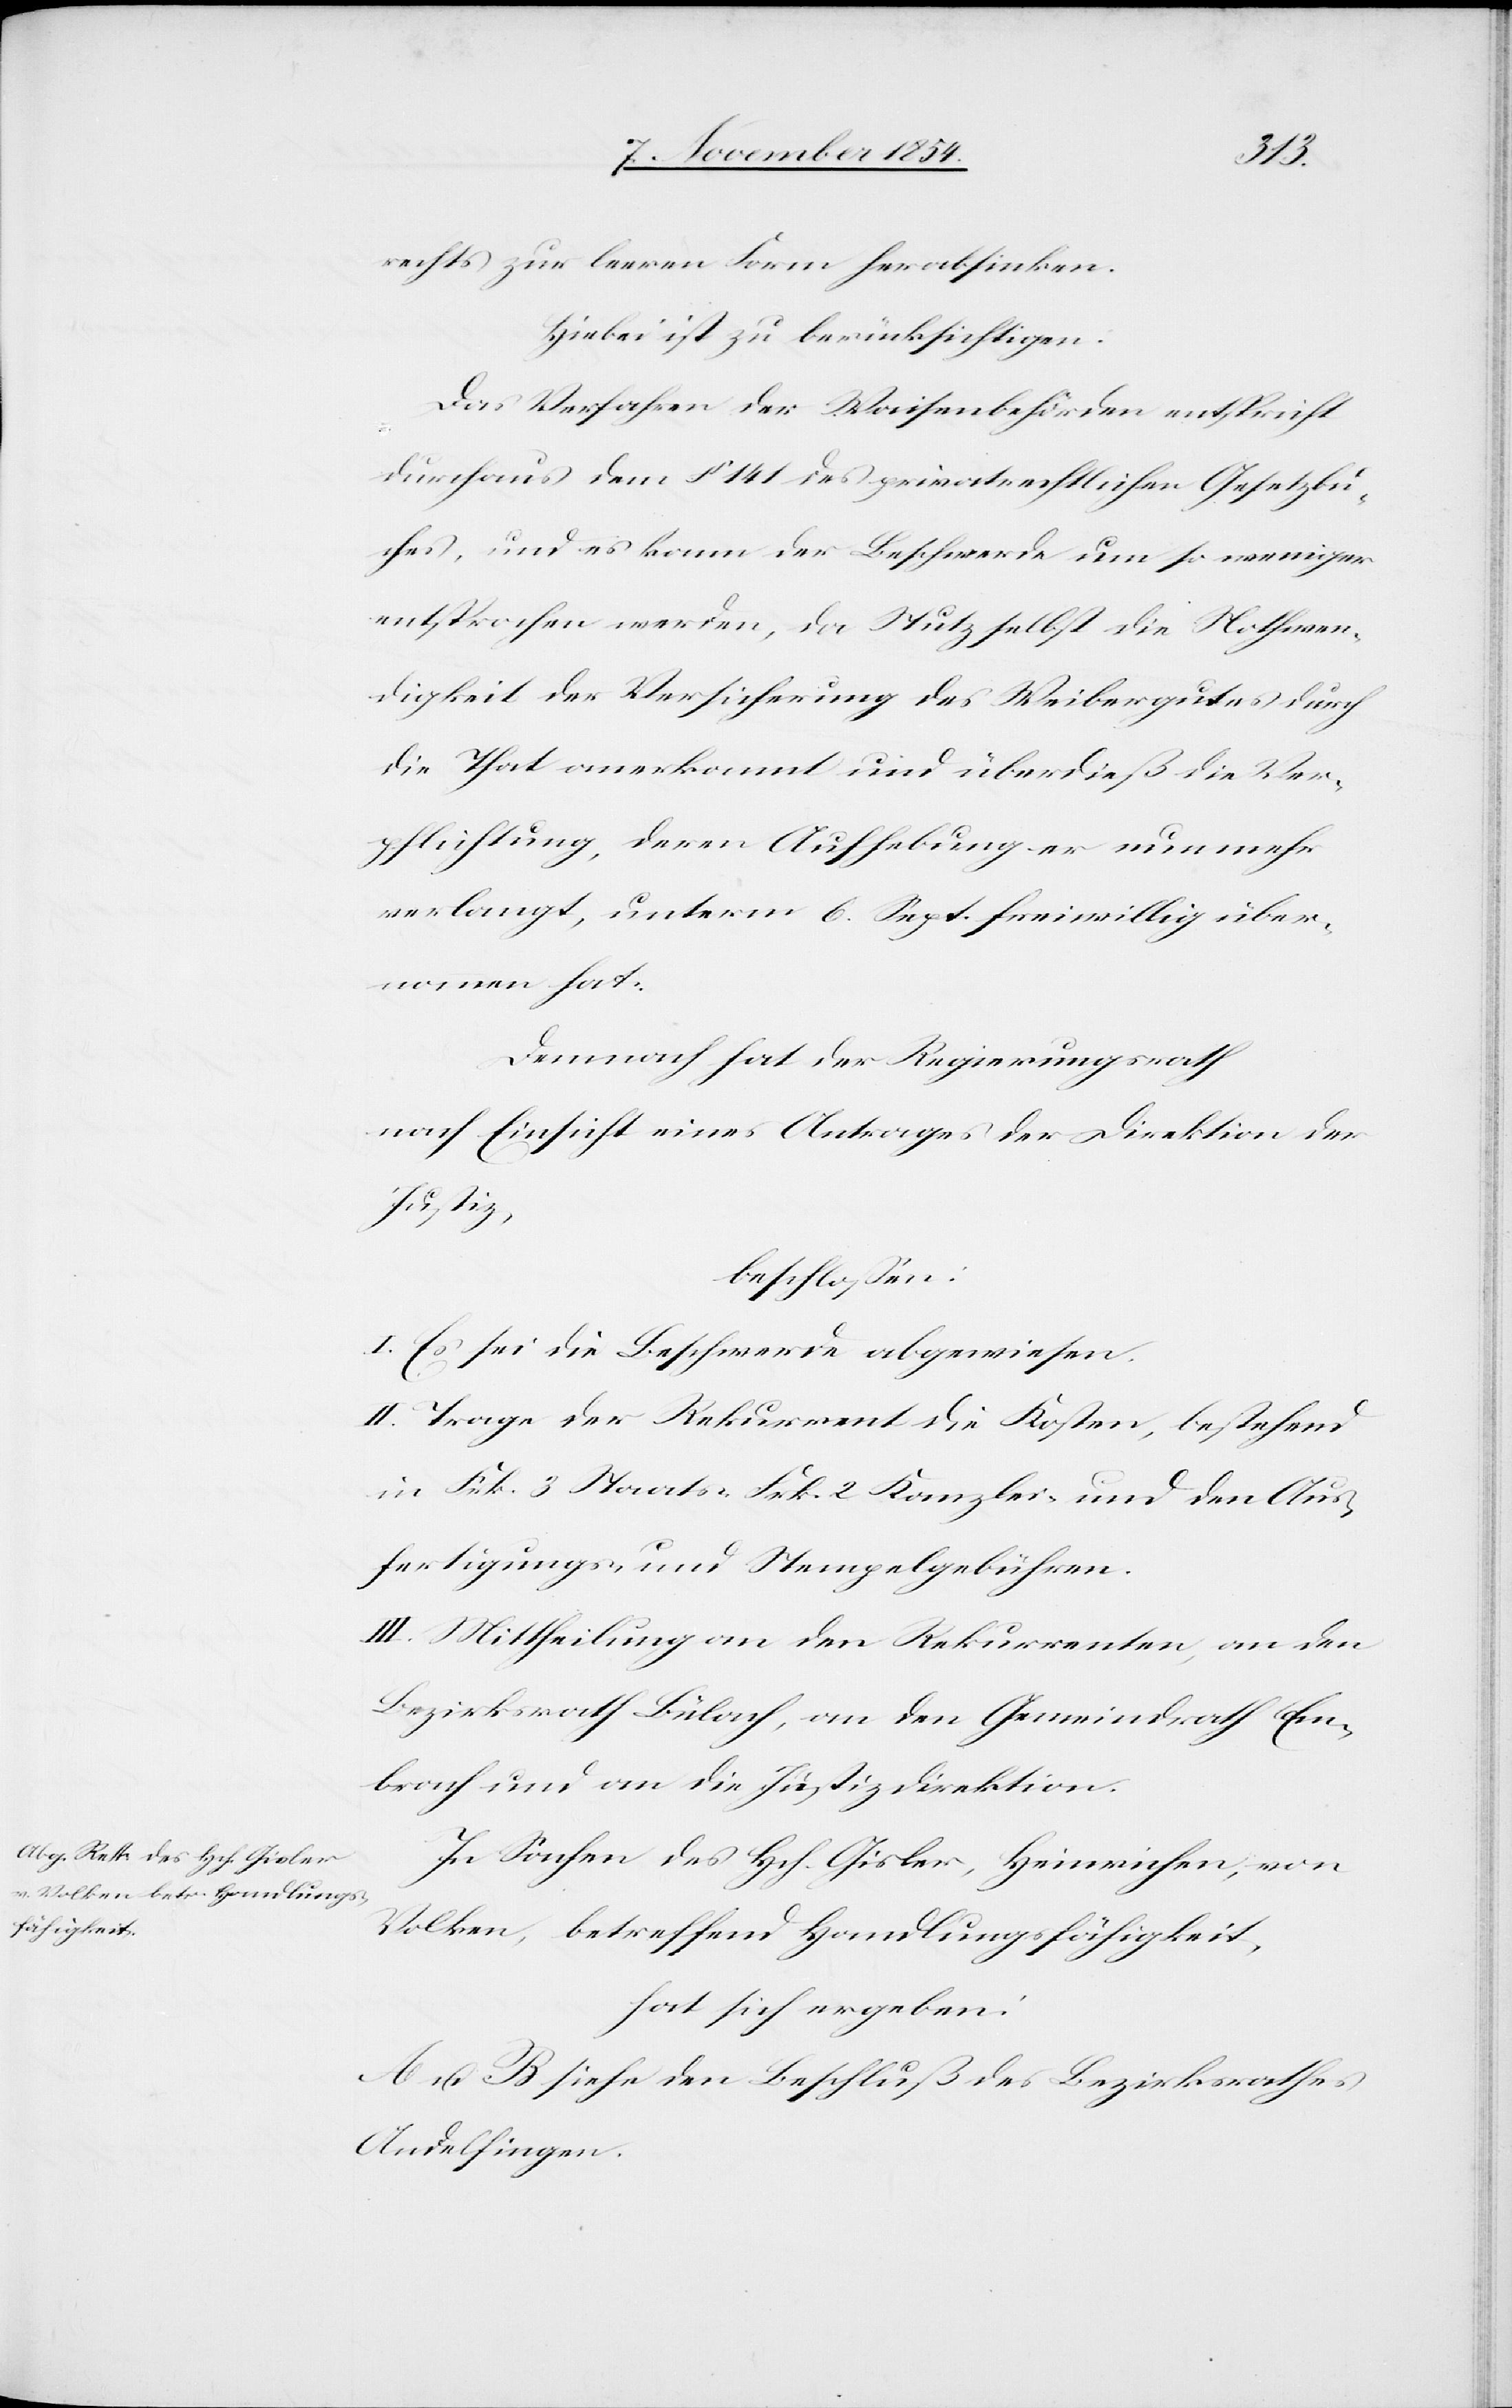
rechts zur leeren Form herabsinken.
Hiebei ist zu berücksichtigen:
Das Verfahren der Waisenbehörden entspricht
durchaus dem § 141 des privatrechtlichen Gesetzbu¬
ches, und es kann der Beschwerde um so weniger
entsprochen werden, da Stutz selbst die Nothwen¬
digkeit der Versicherung des Weibergutes durch
die That anerkannt und überdieß die Ver¬
pflichtung, deren Aufhebung er nunmehr
verlangt unterm 6. Sept. freiwillig über¬
nommen hat.
Demnach hat der Regierungsrath
nach Einsicht eines Antrages der Direktion der
Justiz,
beschloßen:
I. Es sei die Beschwerde abgewiesen.
II. Trage der Rekurrent die Kosten, bestehend
in Frk. 3 Staats-[,] Frk. 2 Kanzlei- und den Aus¬
fertigungs- und Stempelgebühren.
III. Mittheilung an den Rekurrenten, an den
Bezirksrath Bülach, an den Gemeindrath Em¬
brach und an die Justizdirektion.
In Sachen des Hch. Gisler, Heinrichen, von
Volken, betreffend Handlungsfähigkeit,
hat sich ergeben:
A u. B. siehe den Beschluß des Bezirksrathes
Andelfingen.